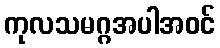
ကုလသမဂ္ဂအပါအဝင်